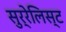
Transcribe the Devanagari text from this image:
सुर्रेलिस्ट